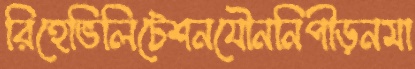
রিহেভিলিটেশনযৌননিপীড়নমা